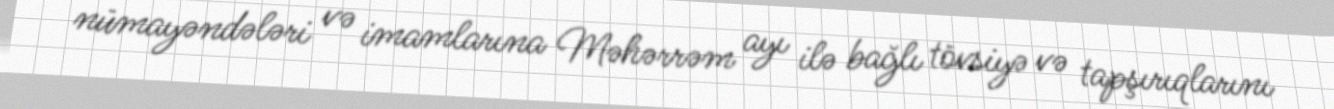
nümayəndələri və imamlarına Məhərrəm ayı ilə bağlı tövsiyə və tapşırıqlarını